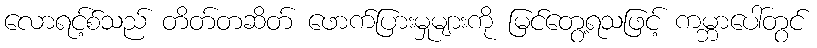
လောရင့်စ်သည် တိတ်တဆိတ် ဖောက်ပြားမှုများကို မြင်တွေ့ရသဖြင့် ကမ္ဘာပေါ်တွင်